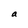
Character: a